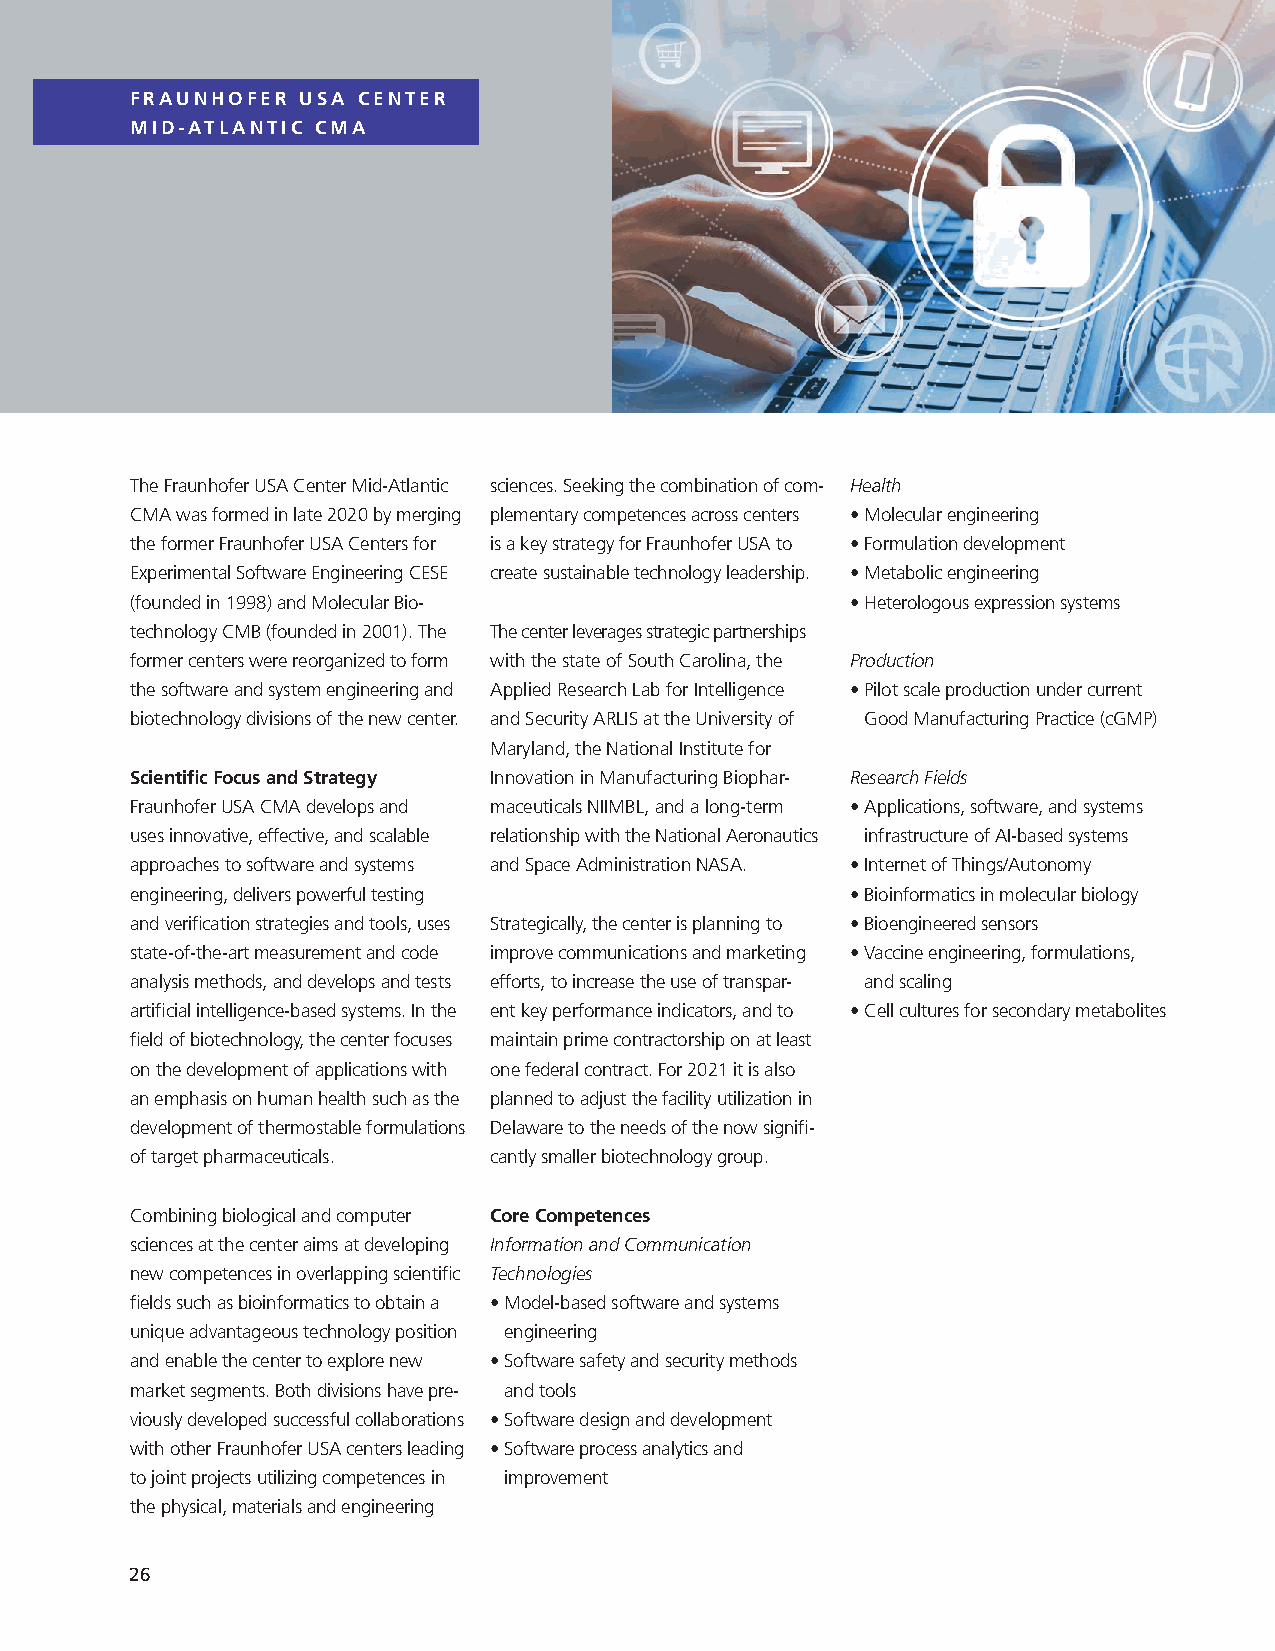
FRAUNHOFER USA CENTER
 MID-ATLANTIC CMA
 The Fraunhofer USA Center Mid-Atlantic sciences. Seeking the combination of com- Health
 CMA was formed in late 2020 by merging plementary competences across centers • Molecular engineering
 the former Fraunhofer USA Centers for is a key strategy for Fraunhofer USA to • Formulation development
 Experimental Software Engineering CESE create sustainable technology leadership. • Metabolic engineering
 (founded in 1998) and Molecular Bio-           • Heterologous expression systems
 technology CMB (founded in 2001). The The center leverages strategic partnerships
 former centers were reorganized to form with the state of South Carolina, the Production
 the software and system engineering and Applied Research Lab for Intelligence • P ilot scale production under current
 biotechnology divisions of the new center. and Security ARLIS at the University of Good Manufacturing Practice (cGMP)
 Maryland, the National Institute for
 Scientific Focus and Strategy Innovation in Manufacturing Biophar- Research Fields
 Fraunhofer USA CMA develops and maceuticals NIIMBL, and a long-term • A pplications, software, and systems
 uses innovative, effective, and scalable relationship with the National Aeronautics infrastructure of AI-based systems
 approaches to software and systems and Space Administration NASA. • Internet of Things/Autonomy
 engineering, delivers powerful testing         • Bioinformatics in molecular biology
 and verification strategies and tools, uses Strategically, the center is planning to • Bioengineered sensors
 state-of-the-art measurement and code improve communications and marketing • V accine engineering, formulations,
 analysis methods, and develops and tests efforts, to increase the use of transpar- and scaling
 artificial intelligence-based systems. In the ent key performance indicators, and to • Cell cultures for secondary metabolites
 field of biotechnology, the center focuses maintain prime contractorship on at least
 on the development of applications with one federal contract. For 2021 it is also
 an emphasis on human health such as the planned to adjust the facility utilization in
 development of thermostable formulations Delaware to the needs of the now signifi-
 of target pharmaceuticals. cantly smaller biotechnology group.
 Combining biological and computer Core Competences
 sciences at the center aims at developing Information and Communication
 new competences in overlapping scientific Technologies
 fields such as bioinformatics to obtain a • M odel-based software and systems
 unique advantageous technology position engineering
 and enable the center to explore new • S oftware safety and security methods
 market segments. Both divisions have pre- and tools
 viously developed successful collaborations • Software design and development
 with other Fraunhofer USA centers leading • S oftware process analytics and
 to joint projects utilizing competences in improvement
 the physical, materials and engineering
 26